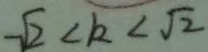
\sqrt { 2 } < k < \sqrt { 2 }